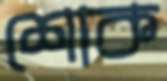
শোক